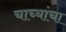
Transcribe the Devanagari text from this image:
चाच्यांचा